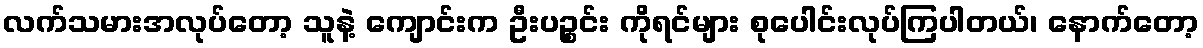
လက်သမားအလုပ်တော့ သူနဲ့ ကျောင်းက ဦးပဉ္စင်း ကိုရင်များ စုပေါင်းလုပ်ကြပါတယ်၊ နောက်တော့